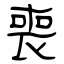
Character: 喪